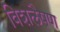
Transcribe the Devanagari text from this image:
विशलैषण